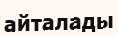
айталады